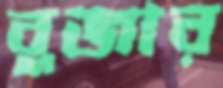
বুজার